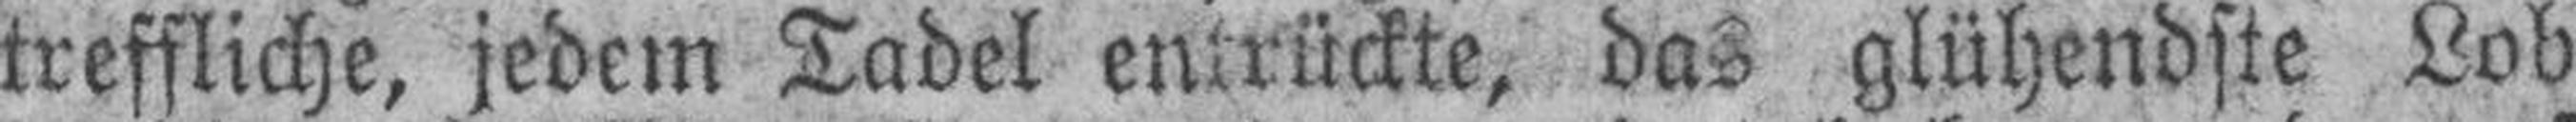
treffliche, jedem Tadel entrückte, das glühendste Lob